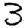
Digit: 3